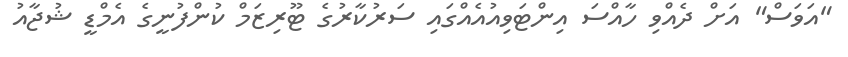
"އަވަސް" އަށް ދެއްވި ހާއްސަ އިންޓަވިއުއެއްގައި ސަރުކާރުގެ ޓޫރިޒަމް ކުންފުނީގެ އެމްޑީ ޝުޖާއު